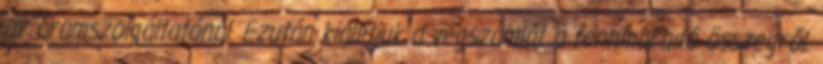
az áramszolgáltatónál. Ezután kiállítjuk a végszámlát a fennmaradó összegről.